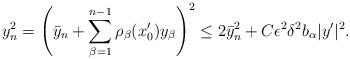
LaTeX: \begin{align*}y_n^2 = \left(\bar{y}_n + \sum_{\beta = 1}^{n-1} \rho_\beta (x'_0) y_\beta\right)^2 \leq 2 \bar{y}_n^2 + C \epsilon^2 \delta^2 b_\alpha |y'|^2.\end{align*}